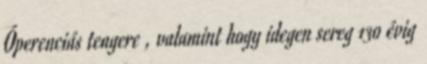
Óperenciás tengere , valamint hogy idegen sereg 130 évig